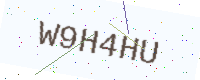
Text: W9H4HU